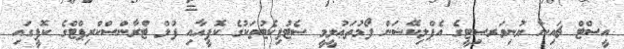
އީސްޓް ޗައިނާ ޔުނިވަރސިޓީގެ އެޕްލިކޭޝަން ފޯމުތަޢުލީމީ ސެޓުފިކެޓުތަކުގެ ކޮޕީއާއި ފުލް ޓްރާންސްކްރިޕްޓްގެ ކޮޕީގައި